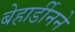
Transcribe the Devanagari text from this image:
बेहार्डीनने